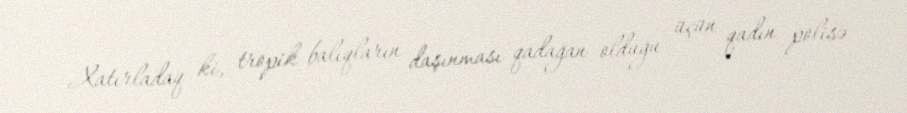
Xatırladaq ki, tropik balıqların daşınması qadağan olduğu üçün qadın polisə